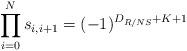
LaTeX: \begin{align*} \prod_{i=0}^N s_{i,i+1} = (-1)^{D_{R/NS}+K+1} \end{align*}